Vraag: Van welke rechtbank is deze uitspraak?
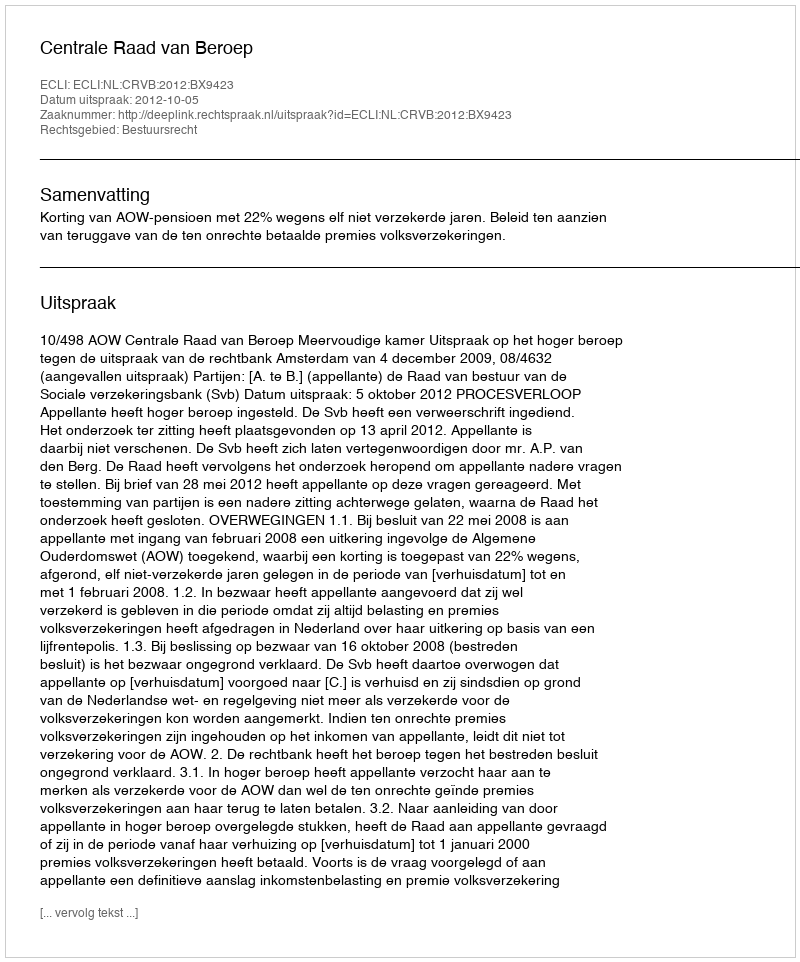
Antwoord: Centrale Raad van Beroep